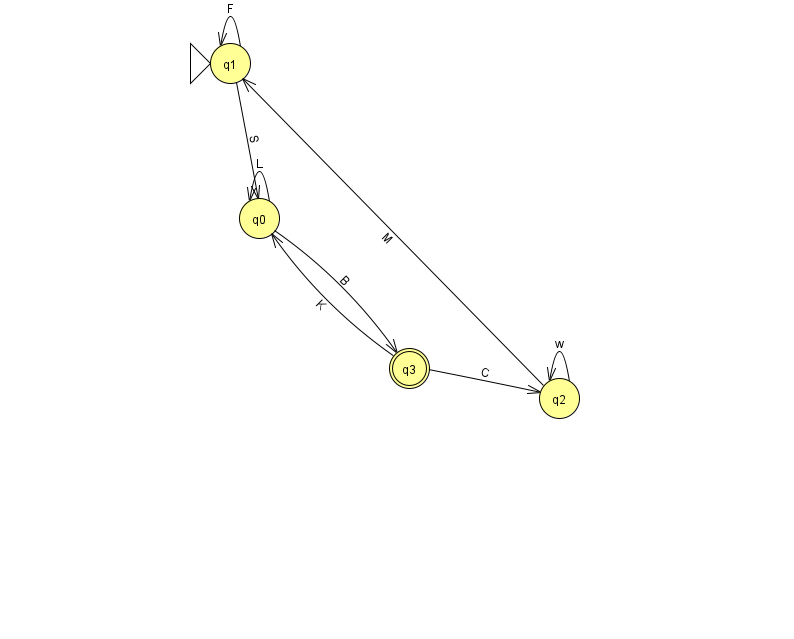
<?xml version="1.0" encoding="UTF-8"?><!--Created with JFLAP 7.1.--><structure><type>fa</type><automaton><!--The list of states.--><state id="0" name="q0"><x>259.0</x><y>205.0</y></state><state id="1" name="q1"><x>230.0</x><y>50.0</y><initial/></state><state id="2" name="q2"><x>559.0</x><y>385.0</y></state><state id="3" name="q3"><x>409.0</x><y>355.0</y><final/></state><!--The list of transitions.--><transition><from>1</from><to>0</to><read>S</read></transition><transition><from>3</from><to>0</to><read>K</read></transition><transition><from>1</from><to>1</to><read>F</read></transition><transition><from>2</from><to>2</to><read>w</read></transition><transition><from>0</from><to>3</to><read>B</read></transition><transition><from>2</from><to>1</to><read>M</read></transition><transition><from>0</from><to>0</to><read>L</read></transition><transition><from>3</from><to>2</to><read>C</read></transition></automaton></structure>